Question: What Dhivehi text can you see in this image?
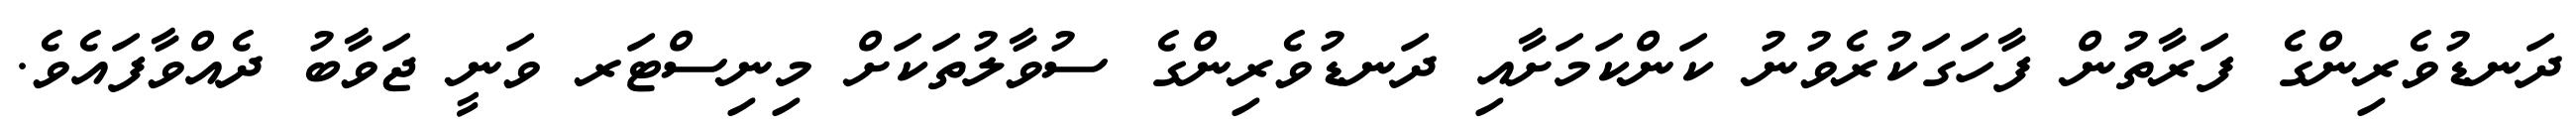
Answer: ދަނޑުވެރިންގެ ފަރާތުން ފާހަގަކުރެވުނު ކަންކަމަށާއި ދަނޑުވެރިންގެ ސުވާލުތަކަށް މިނިސްޓަރ ވަނީ ޖަވާބު ދެއްވާފައެވެ.